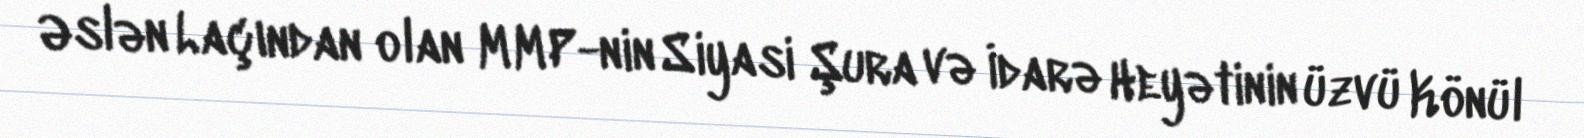
Əslən Laçından olan MMP-nin Siyasi Şura və İdarə Heyətinin üzvü Könül